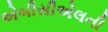
એબીસીએલની